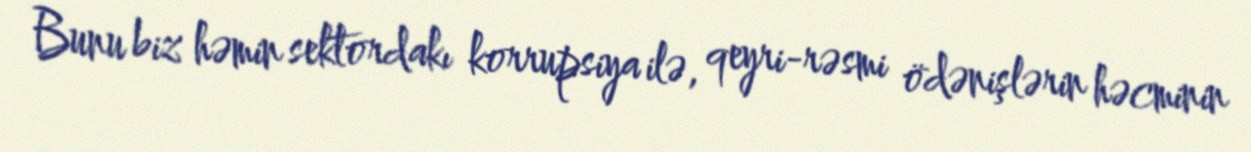
Bunu biz həmin sektordakı korrupsiya ilə, qeyri-rəsmi ödənişlərin həcminin